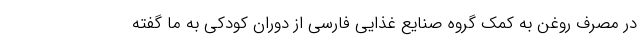
در مصرف روغن به کمک گروه صنایع غذایی فارسی از دوران کودکی به ما گفته